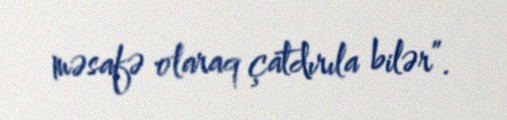
məsafə olaraq çatdırıla bilər”.